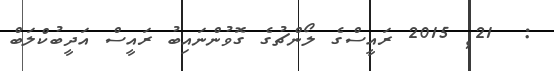
:  21